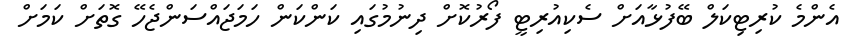
އެންމެ ކުރިޓިކަލް ބޭފުޅާއަށް ސެކިއުރިޓީ ފޯރުކޮށް ދިނުމުގައި ކަންކަން ހަމަޖައްސަންޖެހޭ ގޮތަށް ކަމަށް